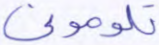
تلوموني